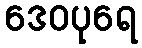
ဒေဝပုရေ